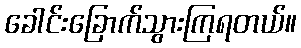
ခေါင်းခြောက်သွားကြရတယ်။